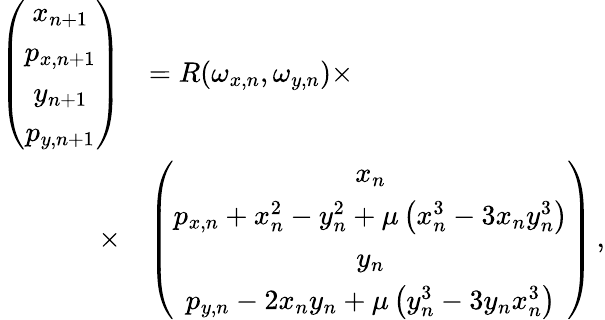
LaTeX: \begin{array}{rl}{\left(\begin{array}{c}{x_{n+1}}\\ {p_{x,n+1}}\\ {y_{n+1}}\\ {p_{y,n+1}}\end{array}\right)}&{=R(\omega_{x,n},\omega_{y,n})\times}\\ {\times}&{\left(\begin{array}{c}{x_{n}}\\ {p_{x,n}+x_{n}^{2}-y_{n}^{2}+\mu\left(x_{n}^{3}-3x_{n}y_{n}^{3}\right)}\\ {y_{n}}\\ {p_{y,n}-2x_{n}y_{n}+\mu\left(y_{n}^{3}-3y_{n}x_{n}^{3}\right)}\end{array}\right)\, ,}\end{array}